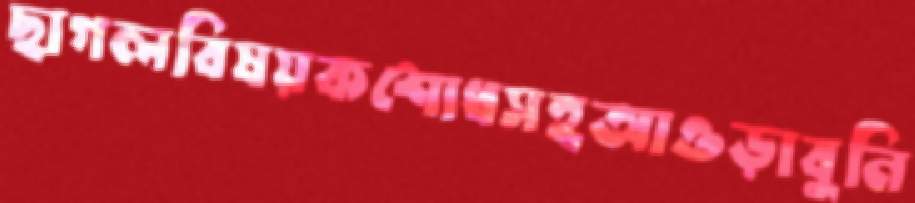
ছাগলবিষয়কশোধসহআওড়াবুনি